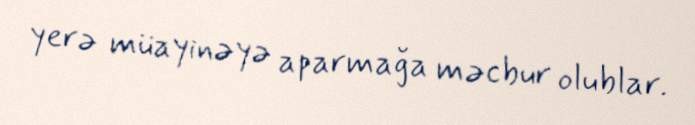
yerə müayinəyə aparmağa məcbur olublar.